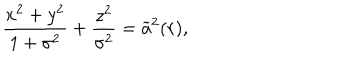
\frac { x ^ { 2 } + y ^ { 2 } } { 1 + \sigma ^ { 2 } } + \frac { z ^ { 2 } } { \sigma ^ { 2 } } = \widetilde { a } ^ { 2 } ( r ) ,